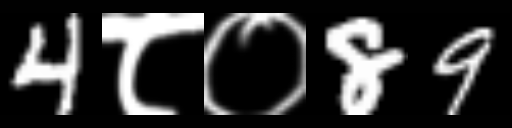
Text: 4८०89